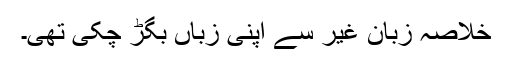
خلاصہ زبانِ غیر سے اپنی زباں بگڑ چکی تھی۔